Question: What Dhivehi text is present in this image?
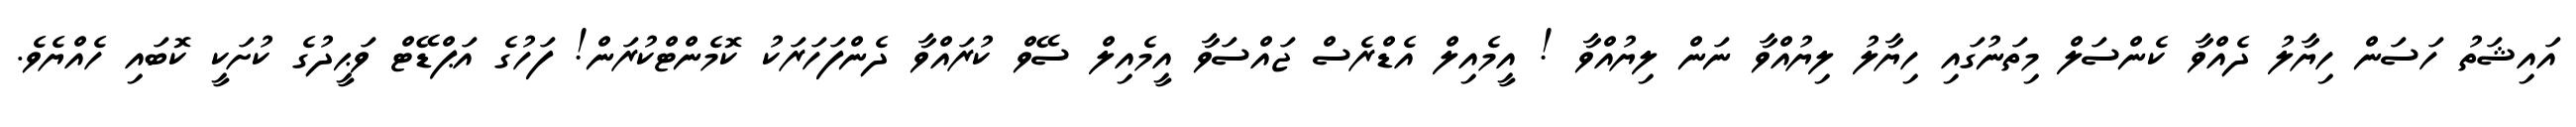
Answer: އައިޝަތު ހަސަން ހިޔާލު ދެއްވާ ކެންސަލް މިތަނުގައި ހިޔާލު ލިޔުއްވާ ނަން ލިޔުއްވާ ! އީމެއިލް އެޑްރެސް ޖައްސަވާ އީމެއިލް ސޭވް ކުރައްވާ ދެންފަހަރަކު ކޮމެންޓްކުރަން! ފަހުގެ އަޕްޑޭޓް ވަޙީދުގެ ކުށަކީ ކޮބައި ހެއްޔެވެ.